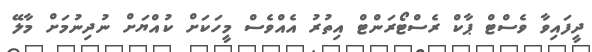
ދީފައިވާ ވެސްޓް ޕާކް ރެސްޓޯރަންޓް އިތުރު އެއްވެސް މީހަކަށް ކުއްޔަށް ނުދިނުމަށް މާލޭ